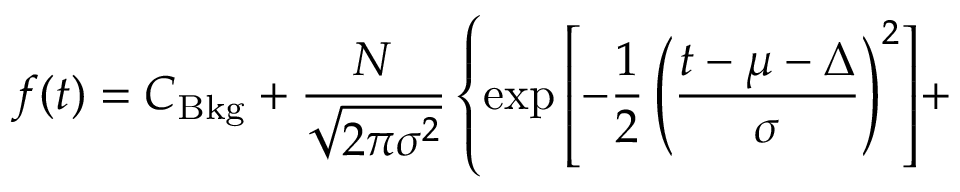
f ( t ) = C _ { \mathrm { B k g } } + \frac { N } { \sqrt { 2 \pi \sigma ^ { 2 } } } \left\{ \exp { \left[ - \frac { 1 } { 2 } \left( \frac { t - \mu - \Delta } { \sigma } \right) ^ { 2 } \right] } + \right.